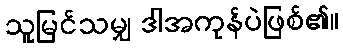
သူမြင်သမျှ ဒါအကုန်ပဲဖြစ်၏။